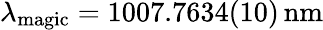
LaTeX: \lambda_{\mathrm{magic}}=1007.7634(10)\, \mathrm{nm}